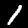
Digit: 1